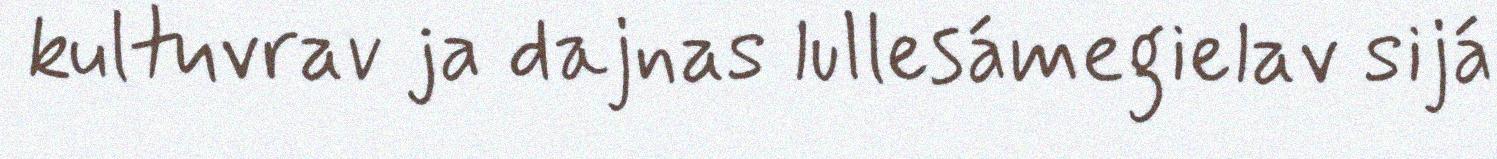
kultuvrav ja dajnas lullesámegielav sijá